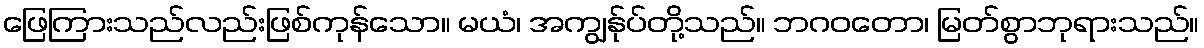
ဖြေကြားသည်လည်းဖြစ်ကုန်သော။ မယံ၊ အကျွန်ုပ်တို့သည်။ ဘဂဝတော၊ မြတ်စွာဘုရားသည်။